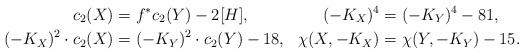
LaTeX: \begin{align*} c_2(X)&=f^*c_2(Y)-2[H],& (-K_X)^4&=(-K_Y)^4-81,\\ (-K_X)^2\cdot c_2(X)&=(-K_Y)^2\cdot c_2(Y)-18, &\chi(X,-K_X)&=\chi(Y,-K_Y)-15.\end{align*}